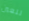
للعين